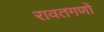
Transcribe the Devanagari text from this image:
रावतगणों